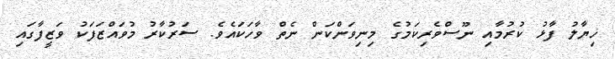
ޚިޔާލު ފާޅު ކުރުމާއި ނޫސްވެރިކަމުގެ މިނިވަންކަން ނެތް ވާހަކައެވެ. ސަރުކާރު މުވައްޒަފަކު ވަޒީފާގައި